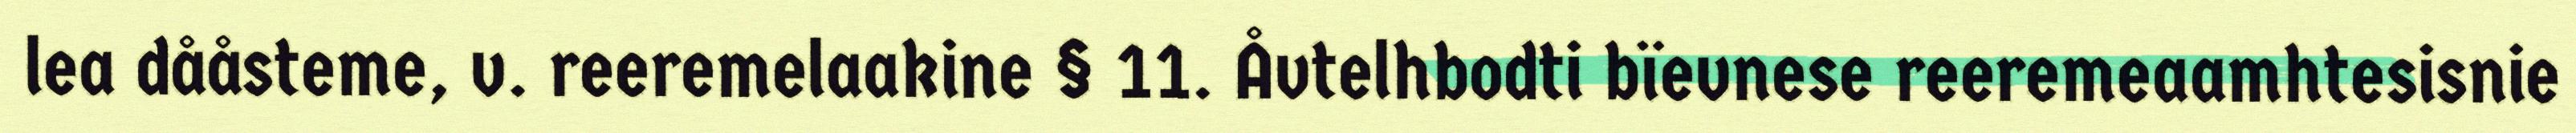
lea dååsteme, v. reeremelaakine § 11. Åvtelhbodti bïevnese reeremeaamhtesisnie